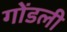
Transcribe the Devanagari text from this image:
गोंडली